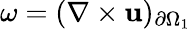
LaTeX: \omega=(\nabla\times\mathbf{u})_{\partial\Omega_{1}}